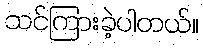
သင်ကြားခဲ့ပါတယ်။